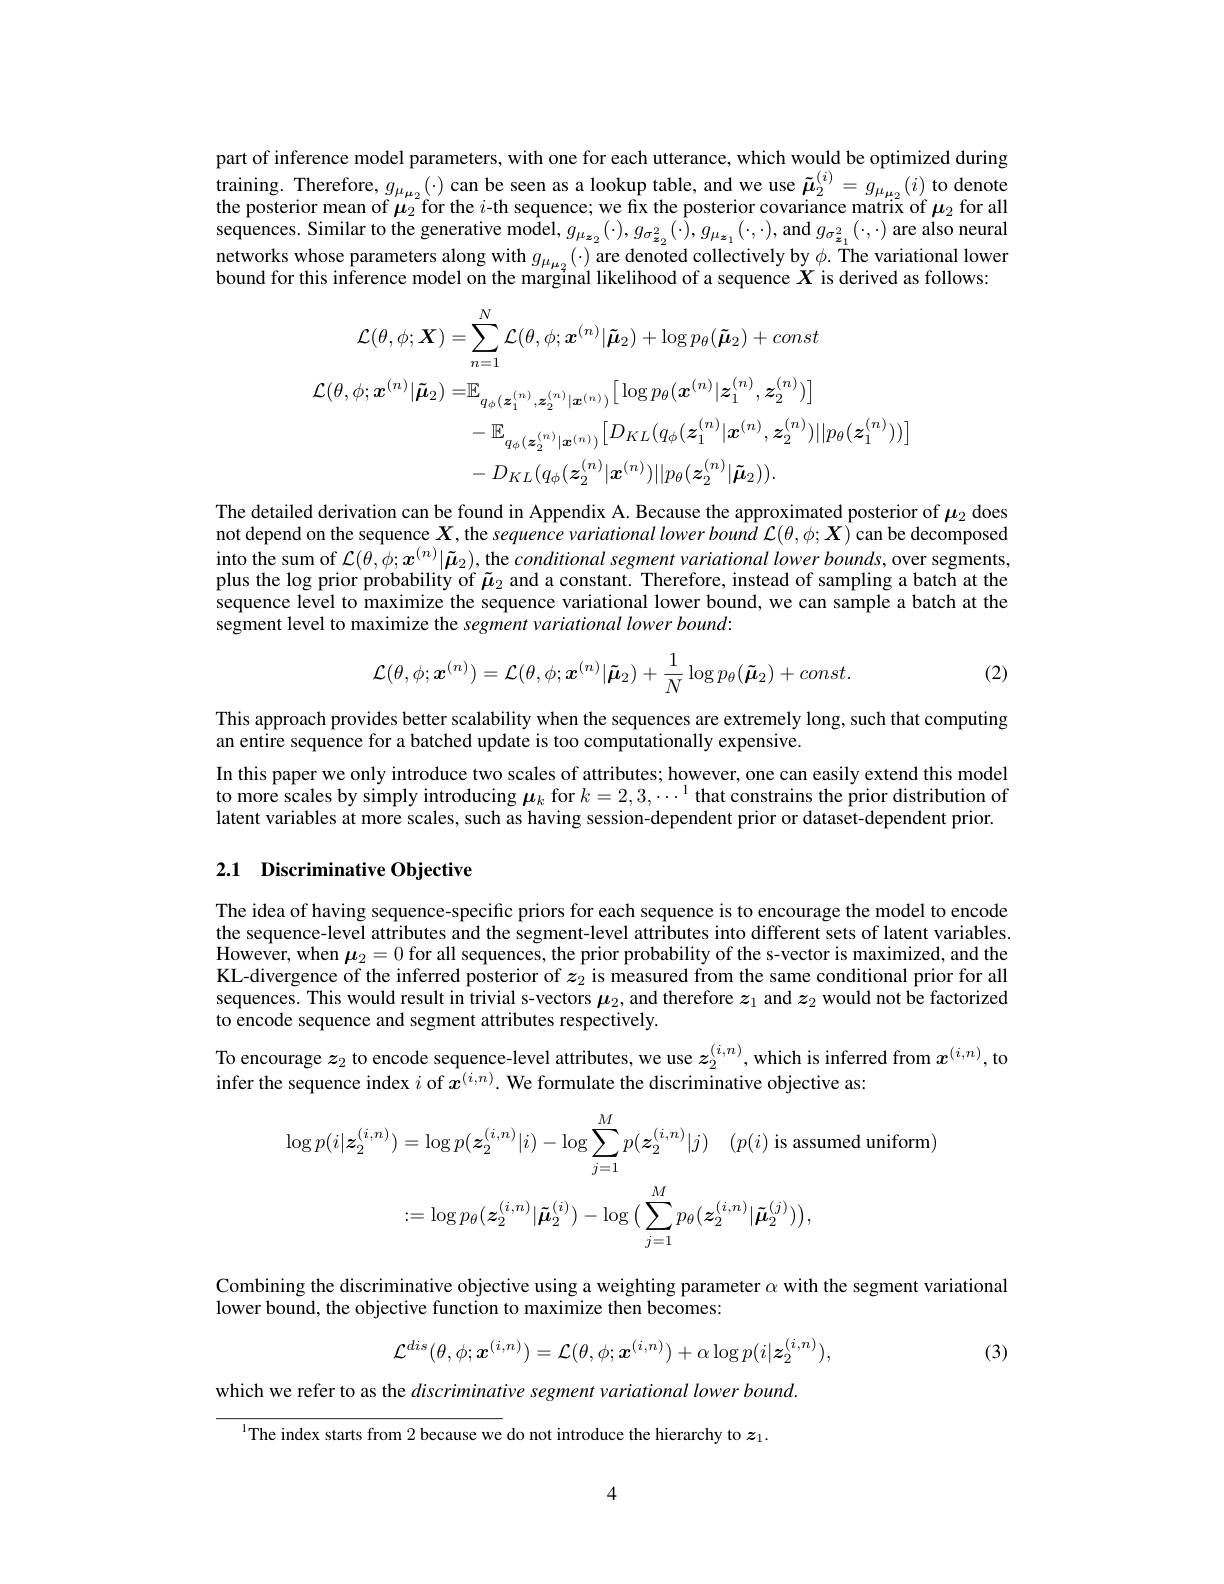
part of inference model parameters, with one for each utterance, which would be optimized during training. Therefore, $g_{\mu _{\mu _{2}}}( \cdot )$ can be seen as a lookup table, and we use $\tilde{\boldsymbol{\mu }} _{2}^{( i) }= g_{\mu _{\mu _{2}}}( i)$ to denote the posterior mean of $\mu_2^{\prime}$for the $i$-th sequence; we fix the posterior covariance matrix of $\mu_2$ for all sequences. Similar to the generative model, $g_{\mu_{\boldsymbol{z}_2}}(\cdot),g_{\sigma_{\boldsymbol{z}_2}^2}(\cdot),g_{\sigma_{\boldsymbol{z}_1}}(\cdot,\cdot)$,and $g_{\sigma_{\boldsymbol{z}_1}^2}(\cdot,\cdot)$ are also neural networks whose parameters along with $g_{\mu_{\mu_{2}}}(\cdot)$ are denoted collectively by $\phi.$ The variational lower bound for this inference model on the marginal likelihood of a sequence $X$ is derived as follows:
$$\begin{aligned}\mathcal{L}(\theta,\phi;\boldsymbol{X})=&\sum_{n=1}^{N}\mathcal{L}(\theta,\phi;\boldsymbol{x}^{(n)}|\tilde{\boldsymbol{\mu}}_{2})+\log p_{\theta}(\tilde{\boldsymbol{\mu}}_{2})+const\\\mathcal{L}(\theta,\phi;\boldsymbol{x}^{(n)}|\tilde{\boldsymbol{\mu}}_{2})=&\mathbb{E}_{q_{\phi}(\boldsymbol{z}_{1}^{(n)},\boldsymbol{z}_{2}^{(n)}|\boldsymbol{x}^{(n)})}\left[\log p_{\theta}(\boldsymbol{x}^{(n)}|\boldsymbol{z}_{1}^{(n)},\boldsymbol{z}_{2}^{(n)})\right]\\&-\mathbb{E}_{q_{\phi}(\boldsymbol{z}_{2}^{(n)}|\boldsymbol{x}^{(n)})}\big[D_{KL}(q_{\phi}(\boldsymbol{z}_{1}^{(n)}|\boldsymbol{x}^{(n)},\boldsymbol{z}_{2}^{(n)})||p_{\theta}(\boldsymbol{z}_{1}^{(n)}))\big]\\&-D_{KL}(q_{\phi}(\boldsymbol{z}_{2}^{(n)}|\boldsymbol{x}^{(n)})||p_{\theta}(\boldsymbol{z}_{2}^{(n)}|\boldsymbol{\tilde{\mu}}_{2})).\end{aligned}$$
The detailed derivation can be found in Appendix A. Because the approximated posterior of $\mu_{2}$ does not depend on the sequence $X$, the sequence variational lower bound $\mathcal{L}(\theta,\phi;\boldsymbol{X})$ can be decomposed $\hat{\text{into the sum of }\mathcal{L}(\theta,\phi;\boldsymbol{x}^{(n)}|\tilde{\boldsymbol{\mu}}_{2}),\text{the conditional segment variational lower bounds, over segments,}}$ plus the log prior probability of $\tilde{\mu}_2$ and a constant. Therefore, instead of sampling a batch at the sequence level to maximize the sequence variational lower bound, we can sample a batch at the segment level to maximize the segment variational lower bound:
$$\mathcal{L}(\theta,\phi;\boldsymbol{x}^{(n)})=\mathcal{L}(\theta,\phi;\boldsymbol{x}^{(n)}|\tilde{\boldsymbol{\mu}}_{2})+\frac{1}{N}\log p_{\theta}(\tilde{\boldsymbol{\mu}}_{2})+const.$$
(2)

This approach provides better scalability when the sequences are extremely long, such that computing
an entire sequence for a batched update is too computationally expensive.
In this paper we only introduce two scales of attributes; however, one can easily extend this model to more scales by simply introducing $\boldsymbol\mu_k$ for $k=2,3,\cdots^1$ that constrains the prior distribution of latent variables at more scales, such as having session-dependent prior or dataset-dependent prior.

## 2.1 Discriminative Objective

The idea of having sequence-specific priors for each sequence is to encourage the model to encode the sequence-level attributes and the segment-level attributes into different sets of latent variables. However, when $\boldsymbol{\mu }_2= 0$ for all sequences, the prior probability of the s-vector is maximized, and the KL-divergence of the inferred posterior of $z_2$ is measured from the same conditional prior for all sequences. This would result in trivial s-vectors $\mu_2$, and therefore $z_1$ and $z_2$ would not be factorized to encode sequence and segment attributes respectively.

To encourage $z_2$ to encode sequence-level attributes, we use $z_2^{(i,n)}$, which is inferred from $x^{(i,n)}$, to
infer the sequence index $i$ of $\hat{x^{(i,n)}}.$ We formulate the discriminative objective as:
$$\log p(i|\boldsymbol{z}_{2}^{(i,n)})=\log p(\boldsymbol{z}_{2}^{(i,n)}|i)-\log\sum_{j=1}^{M}p(\boldsymbol{z}_{2}^{(i,n)}|j)\quad(p(i)\text{ is assumed uniform})\\:=\log p_{\theta}(\boldsymbol{z}_{2}^{(i,n)}|\boldsymbol{\tilde{\mu}}_{2}^{(i)})-\log\big(\sum_{j=1}^{M}p_{\theta}(\boldsymbol{z}_{2}^{(i,n)}|\boldsymbol{\tilde{\mu}}_{2}^{(j)})\big),$$
Combining the discriminative objective using a weighting parameter $\alpha$ with the segment variational
lower bound, the objective function to maximize then becomes:
$$\mathcal{L}^{dis}(\theta,\phi;\boldsymbol{x}^{(i,n)})=\mathcal{L}(\theta,\phi;\boldsymbol{x}^{(i,n)})+\alpha\log p(i|\boldsymbol{z}_{2}^{(i,n)}),$$
(3)

which we refer to as the discriminative segment variational lower bound.

$^{1}$The index starts from 2 because we do not introduce the hierarchy to $z_1.$

4